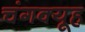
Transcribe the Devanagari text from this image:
चंगक्यूह